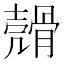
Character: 𩩬